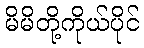
မိမိတို့ကိုယ်ပိုင်